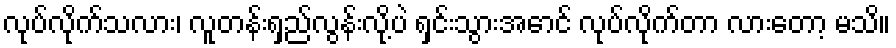
လုပ်လိုက်သလား၊ လူတန်းရှည်လွန်းလို့ပဲ ရှင်းသွားအောင် လုပ်လိုက်တာ လားတော့ မသိ။